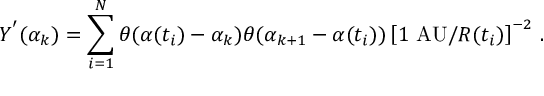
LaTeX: Y ^ { ' } ( \alpha _ { k } ) = \sum _ { i = 1 } ^ { N } \theta ( \alpha ( t _ { i } ) - \alpha _ { k } ) \theta ( \alpha _ { k + 1 } - \alpha ( t _ { i } ) ) \left[ 1 ~ \mathrm { A U } / R ( t _ { i } ) \right] ^ { - 2 } \, .